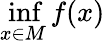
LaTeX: \operatorname*{inf}_{x\in M}f(x)